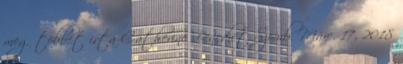
meg többet írta Catherine Benedict Szomb. Márc. 17, 2018